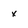
Character: x